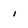
Character: i